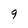
Character: 9